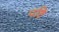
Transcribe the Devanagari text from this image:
पष्टि